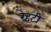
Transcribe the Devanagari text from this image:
रेहटी